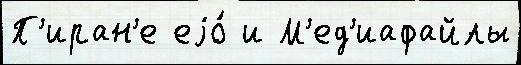
П'иран'е еjо́ и М'ед'иафайлы